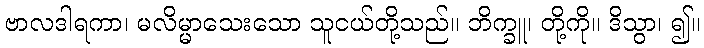
ဗာလဒါရကာ၊ မလိမ္မာသေးသော သူငယ်တို့သည်။ ဘိက္ခူ၊ တို့ကို။ ဒိသွာ၊ ၍။